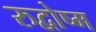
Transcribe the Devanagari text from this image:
रुद्वोष्म